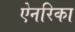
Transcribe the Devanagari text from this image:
ऐनरिका